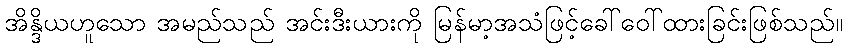
အိန္ဒိယဟူသော အမည်သည် အင်းဒီးယားကို မြန်မာ့အသံဖြင့်ခေါ်ဝေါ်ထားခြင်းဖြစ်သည်။